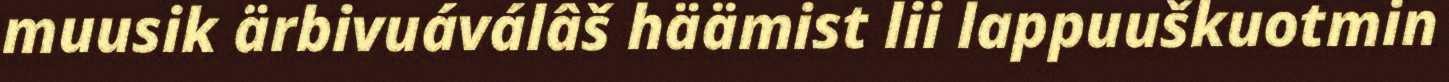
muusik ärbivuáválâš häämist lii lappuuškuotmin